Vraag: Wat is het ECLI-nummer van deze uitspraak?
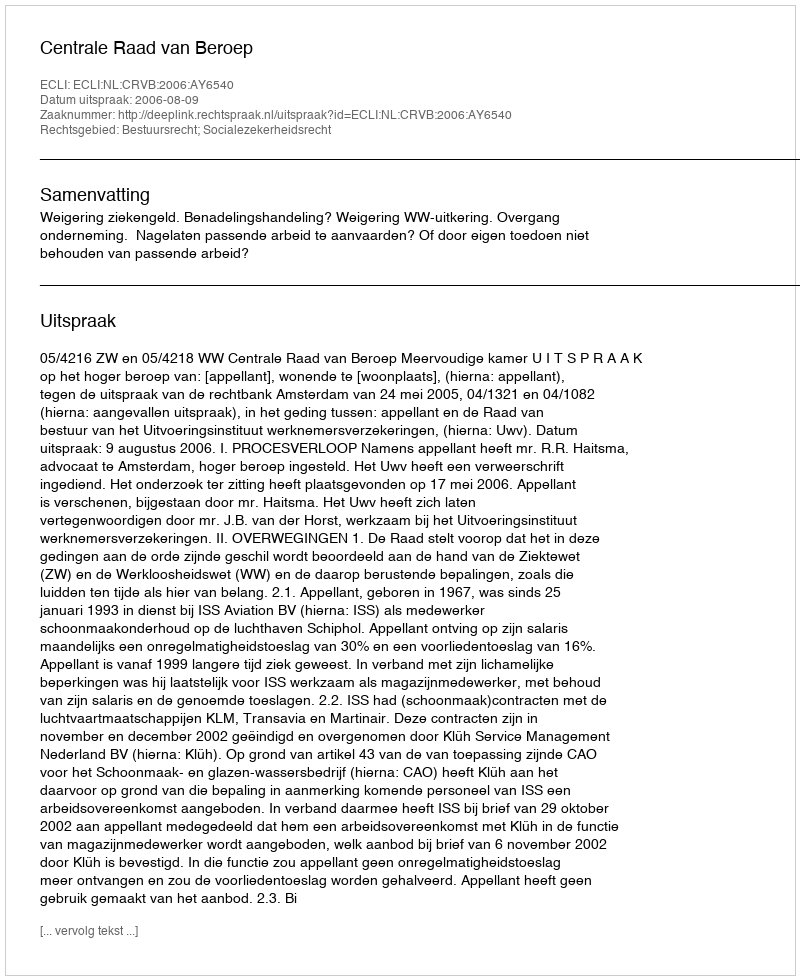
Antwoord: ECLI:NL:CRVB:2006:AY6540